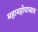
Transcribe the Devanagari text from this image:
महामहोपाध्‍याय